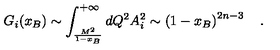
G _ { i } ( x _ { B } ) \sim \int _ { \frac { M ^ { 2 } } { 1 - x _ { B } } } ^ { + \infty } d Q ^ { 2 } A _ { i } ^ { 2 } \sim \left( 1 - x _ { B } \right) ^ { 2 n - 3 } \quad .